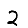
Digit: 2